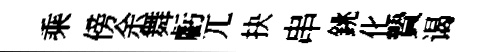
乘傍余舞虧兀抉串銚化贄谒